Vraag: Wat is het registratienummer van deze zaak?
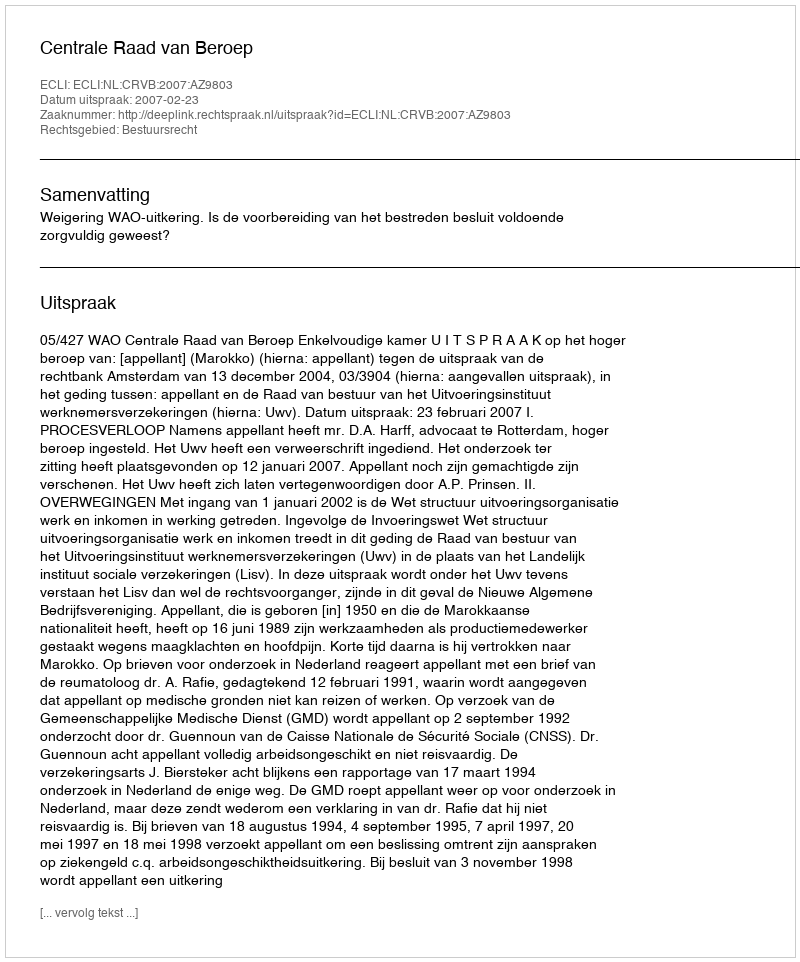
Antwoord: http://deeplink.rechtspraak.nl/uitspraak?id=ECLI:NL:CRVB:2007:AZ9803